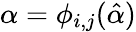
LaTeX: \alpha=\phi_{i,j}(\hat{\alpha})